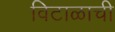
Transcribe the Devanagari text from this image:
विटाळाची